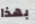
بهذا